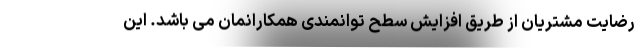
رضایت مشتریان از طریق افزایش سطح توانمندی همکارانمان می­ باشد. این